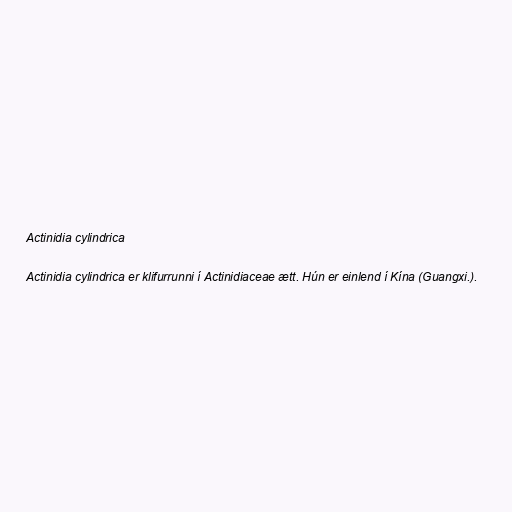
Actinidia cylindrica

Actinidia cylindrica er klifurrunni í Actinidiaceae ætt. Hún er einlend í Kína (Guangxi.).